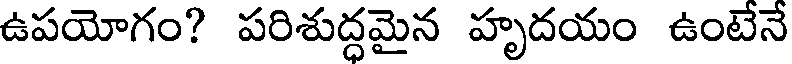
ఉపయోగం? పరిశుద్ధమైన హృదయం ఉంటేనే